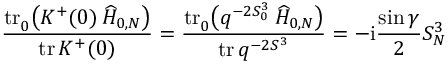
\frac { \mathrm { t r } { \vphantom | } _ { 0 } \bigl ( { \cal K } ^ { + } ( 0 ) \, \widehat { H } _ { 0 , N } \bigr ) } { \mathrm { t r } \, { \cal K } ^ { + } ( 0 ) } = \frac { \mathrm { t r } { \vphantom | } _ { 0 } \bigl ( q ^ { - 2 S _ { 0 } ^ { 3 } } \, \widehat { H } _ { 0 , N } \bigr ) } { \mathrm { t r } \, q ^ { - 2 S ^ { 3 } } } = - \mathrm { i } \frac { \sin \gamma } { 2 } S _ { N } ^ { 3 }